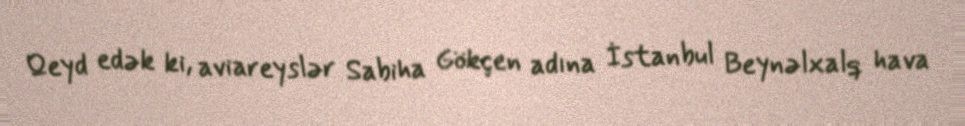
Qeyd edək ki, aviareyslər Sabiha Gökçen adına İstanbul Beynəlxalq hava